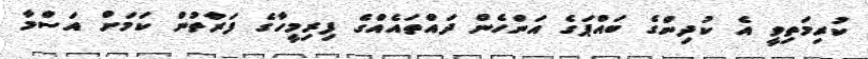
ކުރިމަތިވީ އެ ކުދިންގެ ބައްޕަގެ އަންހެން ދައްތައެއްގެ ފިރިމީހާގެ ފަރާތުން ކަމަށް އަސްމާ